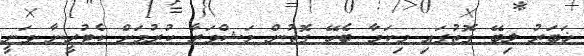
ޚަބަރު ލިބޭ ގޮތުގައި މިކަމާ ބެހޭ ގޮތުން މަޝްވަރާ ކުރުމަށް ކެޓުރީނާ ވަނީ